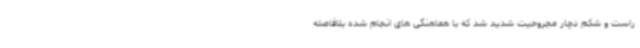
راست و شکم دچار مجروحیت شدید شد که با هماهنگی های انجام شده بلافاصله